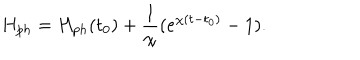
H _ { p h } = H _ { p h } ( t _ { 0 } ) + \frac { 1 } { \chi } ( e ^ { \chi ( t - t _ { 0 } ) } - 1 ) .